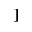
]